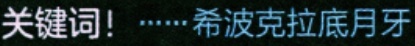
关键词！······希波克拉底月牙